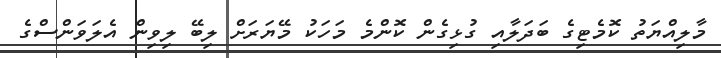
މާލިއްޔަތު ކޮމެޓިގެ ބަދަލާއި ގުޅިގެން ކޮންމެ މަހަކު މޭޔަރަށް ލިބޭ ލިވިން އެލަވަންސްގެ